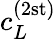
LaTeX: c_{L}^{(2\mathrm{st)}}